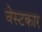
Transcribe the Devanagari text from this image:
वेस्टकार